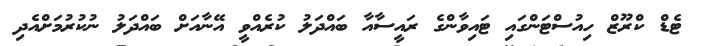
ޓެޑް ކްރޫޒް ހިއުސްޓަންގައި ޓައިވާންގެ ރައީސާއާ ބައްދަލު ކުރެއްވީ އޭނާއަށް ބައްދަލު ނުކުރުމަށްއެދި